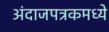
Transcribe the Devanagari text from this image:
अंदाजपत्रकमध्ये